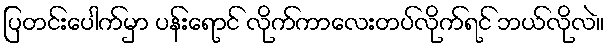
ပြတင်းပေါက်မှာ ပန်းရောင် လိုက်ကာလေးတပ်လိုက်ရင် ဘယ်လိုလဲ။